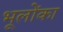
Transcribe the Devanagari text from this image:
भूलोंका